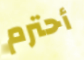
أحترم